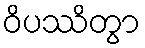
ဝိပဿိတွာ